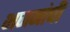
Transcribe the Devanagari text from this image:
भजनांची